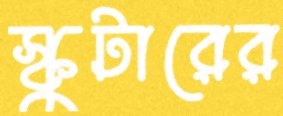
স্কুটারের